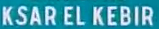
KSAR EL KEBIR